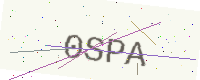
Text: 0SPA